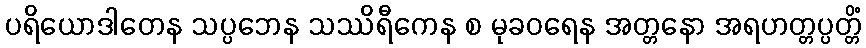
ပရိယောဒါတေန သပ္ပဘေန သဿိရီကေန စ မုခဝရေန အတ္တနော အရဟတ္တပ္ပတ္တိံ